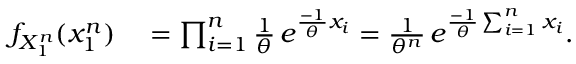
\begin{array} { r l } { f _ { X _ { 1 } ^ { n } } ( x _ { 1 } ^ { n } ) } & { { } = \prod _ { i = 1 } ^ { n } { \frac { 1 } { \theta } } \, e ^ { { \frac { - 1 } { \theta } } x _ { i } } = { \frac { 1 } { \theta ^ { n } } } \, e ^ { { \frac { - 1 } { \theta } } \sum _ { i = 1 } ^ { n } x _ { i } } . } \end{array}